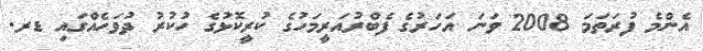
އެންމެ ފުރަތަމަ 2008 ވަނަ އަހަރުގެ ފެބްރުއަރީމަހުގެ ކުރީކޮޅުގެ ހުކުރު ދުވަހެއްގައި ޑރ.